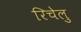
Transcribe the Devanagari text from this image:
रिचेलु